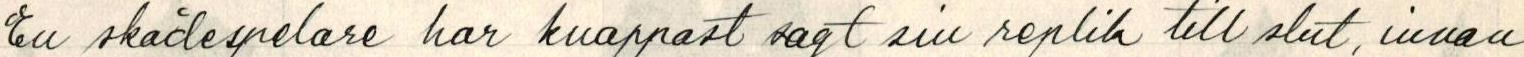
En skådespelare har knappast sagt sin replik till slut, innan